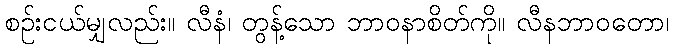
စဉ်းငယ်မျှလည်း။ လီနံ၊ တွန့်သော ဘာဝနာစိတ်ကို။ လီနဘာဝတော၊